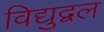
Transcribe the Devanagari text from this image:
विद्युद्वल